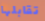
تقابلها